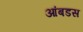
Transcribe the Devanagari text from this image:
आंबडस